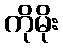
ကိုမိုး